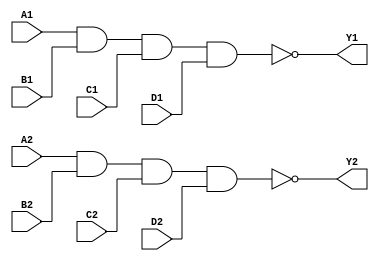
`timescale 1ns / 1ps
//////////////////////////////////////////////////////////////////////////////////
// Company: Xilinx
// 
// Design Name: digital_base_IP
// Module Name: two_4_input_nand_gate
// Project Name: 74LS20
// Target Devices: Basys3
// Tool Versions: 
// Description: 
// 
// Dependencies: 
// 
// Revision:
// Revision 0.01 - File Created
// Additional Comments:
// 
//////////////////////////////////////////////////////////////////////////////////


module two_4_input_nand_gate#(parameter Delay = 0)(
    input wire A1,B1,C1,D1,A2,B2,C2,D2,
    output wire Y1,Y2
    );
    
    nand #Delay (Y1,A1,B1,C1,D1);
    nand #Delay (Y2,A2,B2,C2,D2);
    
endmodule